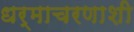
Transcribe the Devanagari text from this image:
धर्माचरणाशी